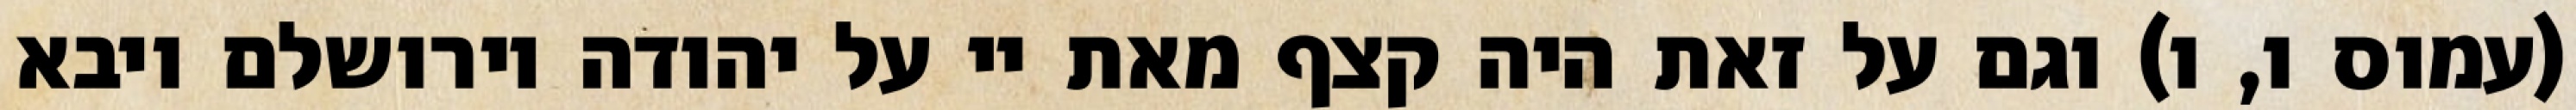
(עמוס ו, ו) וגם על זאת היה קצף מאת יי על יהודה וירושלם ויבא